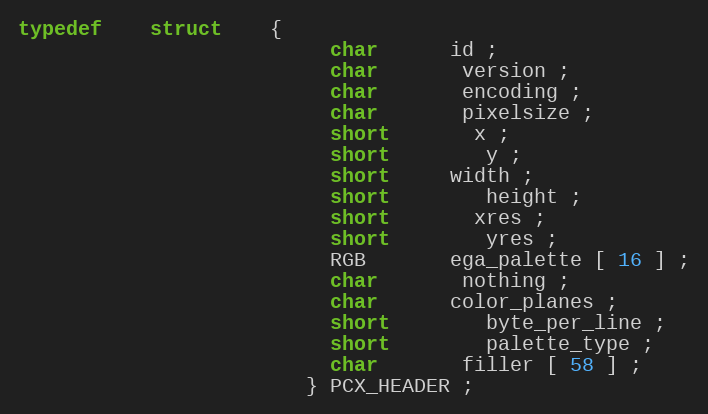
Language: C
typedef	struct	{
						  char      id ;
						  char	   version ;
						  char	   encoding ;
						  char	   pixelsize ;
						  short 	   x ;
						  short		y ;
						  short     width ;
						  short		height ;
						  short 	   xres ;
						  short		yres ;
						  RGB       ega_palette [ 16 ] ;
						  char	   nothing ;
						  char      color_planes ;
						  short 		byte_per_line ;
						  short 	 	palette_type ;
						  char	   filler [ 58 ] ;
						} PCX_HEADER ;